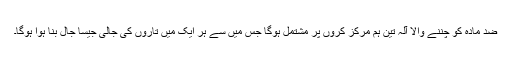
ضد مادّہ کو چننے والا آلہ تین ہم مرکز کروں پر مشتمل ہوگا جس میں سے ہر ایک میں تاروں کی جالی جیسا جال بنا ہوا ہوگا۔